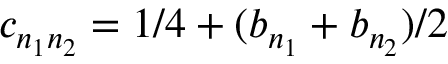
c _ { n _ { 1 } n _ { 2 } } = 1 / 4 + ( b _ { n _ { 1 } } + b _ { n _ { 2 } } ) / 2